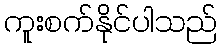
ကူးစက်နိုင်ပါသည်